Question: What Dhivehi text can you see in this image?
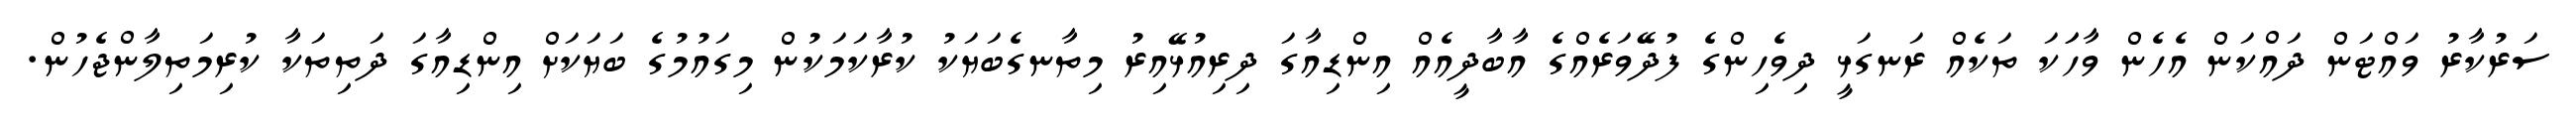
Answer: ސަރުކާރު ވައްޓަން ދައްކަން އެހެން ވާހަަކަ ތަކެއް ރަނގަޅީ ދިވެހިންގެ ފުދޭވަރެއްގެ އާބާދީއެއް އިންޑިއާގަ ދިރިއުޅޭއިރު މިތާނގެބަޔަކު ކުރާކަމަކުން މިގައުމުގެ ބަޔަކަށް އިންޑިއާގަ ދަތިތަކާ ކުރިމަތިލާންޖެހުން.